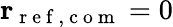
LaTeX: \mathbf{r}_{\mathrm{~r~e~f~,~c~o~m~}}=0